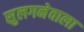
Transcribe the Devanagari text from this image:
सुलगनेवाला